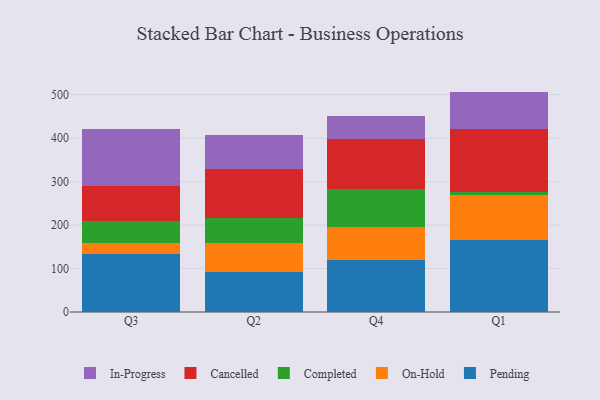
{"axis": {"x": "Quarter", "y": "Budget (USD K)"}, "legend": ["Cancelled", "Completed", "In-Progress", "On-Hold", "Pending"], "data": [{"x": "Q3", "y": 134.4, "type": "Pending"}, {"x": "Q3", "y": 24.0, "type": "On-Hold"}, {"x": "Q3", "y": 50.2, "type": "Completed"}, {"x": "Q3", "y": 82.4, "type": "Cancelled"}, {"x": "Q3", "y": 129.5, "type": "In-Progress"}, {"x": "Q2", "y": 92.1, "type": "Pending"}, {"x": "Q2", "y": 65.8, "type": "On-Hold"}, {"x": "Q2", "y": 58.7, "type": "Completed"}, {"x": "Q2", "y": 112.8, "type": "Cancelled"}, {"x": "Q2", "y": 77.3, "type": "In-Progress"}, {"x": "Q4", "y": 119.6, "type": "Pending"}, {"x": "Q4", "y": 76.7, "type": "On-Hold"}, {"x": "Q4", "y": 85.7, "type": "Completed"}, {"x": "Q4", "y": 117.1, "type": "Cancelled"}, {"x": "Q4", "y": 51.7, "type": "In-Progress"}, {"x": "Q1", "y": 165.9, "type": "Pending"}, {"x": "Q1", "y": 103.0, "type": "On-Hold"}, {"x": "Q1", "y": 7.7, "type": "Completed"}, {"x": "Q1", "y": 143.5, "type": "Cancelled"}, {"x": "Q1", "y": 86.9, "type": "In-Progress"}]}